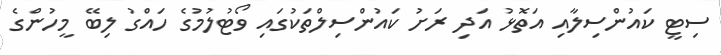
ސިޓީ ކައުންސިލާއި އަތޮޅު އަދި ރަށު ކައުންސިލްތަކުގައި ވޯޓުލުމުގެ ހައްގު ލިބޭ މީހުންގެ